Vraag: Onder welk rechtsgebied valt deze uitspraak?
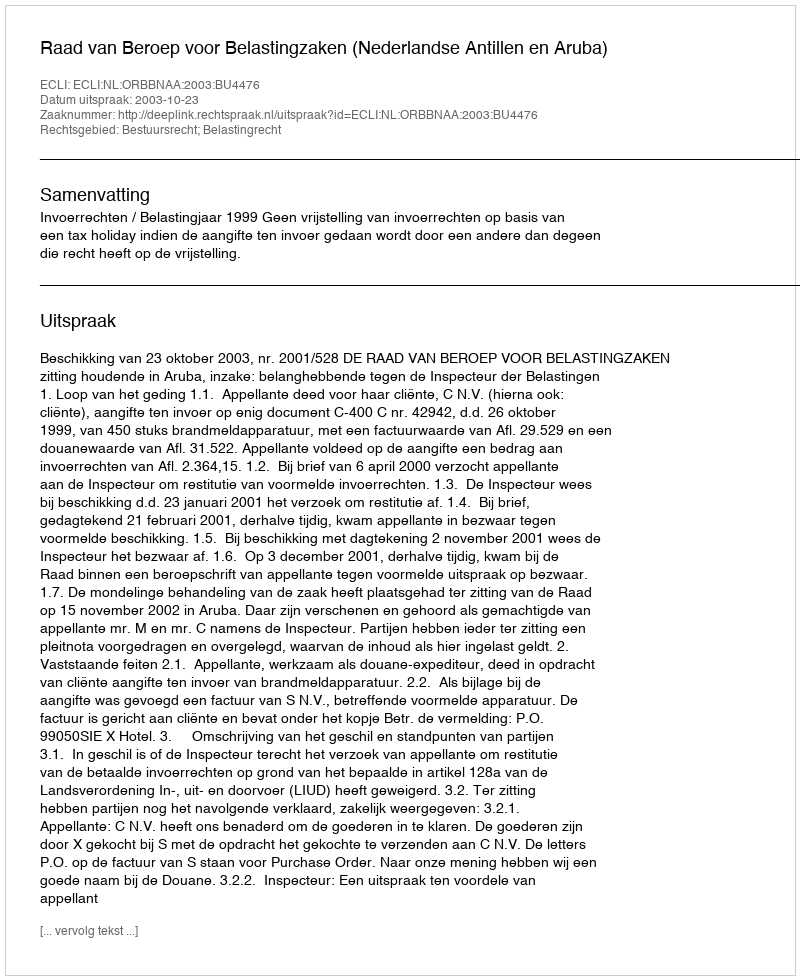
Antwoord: Bestuursrecht; Belastingrecht